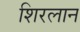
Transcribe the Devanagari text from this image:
शिरलान